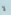
لا